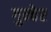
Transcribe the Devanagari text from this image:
गुन्ठेर